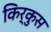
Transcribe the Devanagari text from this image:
किर्कुस